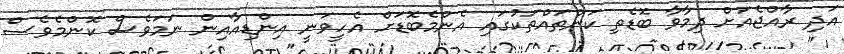
އަދި ރާއްޖެއަށް ދިމާވާ ބޮޑެތި ކަންތައްތަކުގައި އެންމެބޮޑަށް އެހީވަނީ އިންޑިއާއިން ނަމަވެސް ކޮންމެވެސް